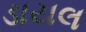
ડાયલ